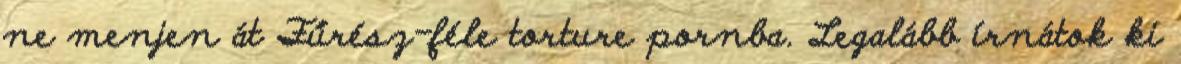
ne menjen át Fűrész-féle torture pornba. Legalább írnátok ki